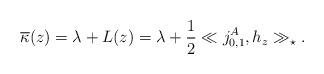
LaTeX: \begin{align*}\overline\kappa(z)=\lambda + L(z)=\lambda + \frac12 \ll j_{0,1}^A, h_z \gg_\star.\end{align*}